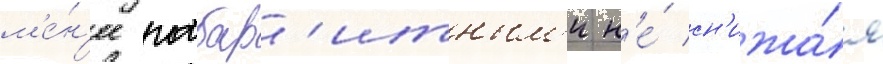
м'е́н'ее габар'итным'и н'е́ сн'ижа́я